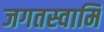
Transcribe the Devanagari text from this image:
जगतस्‍वामि